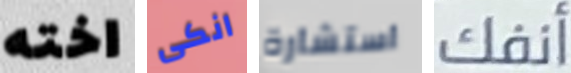
اخته انكى استشارة أنفك